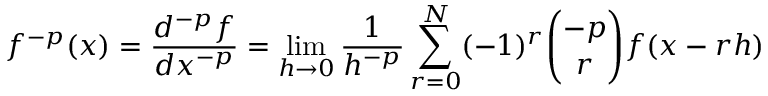
f ^ { - p } ( x ) = { \frac { d ^ { - p } f } { d x ^ { - p } } } = \operatorname* { l i m } _ { h \rightarrow 0 } { \frac { 1 } { h ^ { - p } } } \sum _ { r = 0 } ^ { N } ( - 1 ) ^ { r } \binom { - p } { r } f ( x - r h )